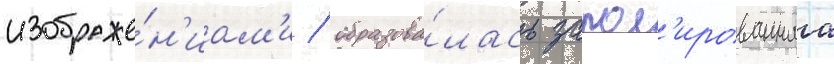
изображе́н'иам'и / образова́лась запол'ированнаа